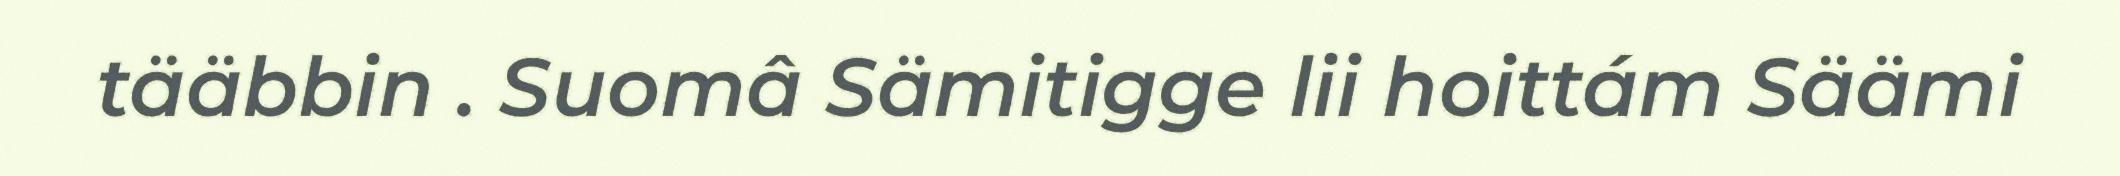
tääbbin . Suomâ Sämitigge lii hoittám Säämi